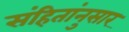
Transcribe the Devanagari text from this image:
संहितांनुसार